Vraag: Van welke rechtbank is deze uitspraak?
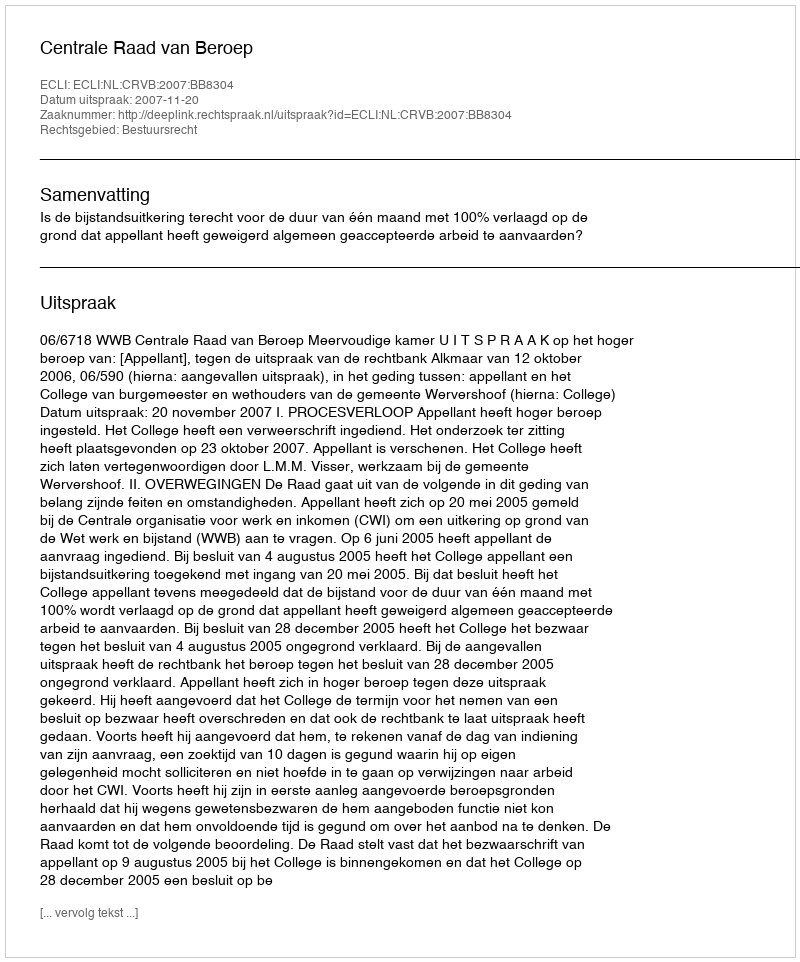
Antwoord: Centrale Raad van Beroep